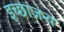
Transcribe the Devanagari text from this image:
इच्छाजन्य